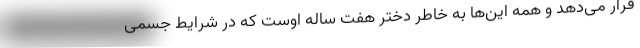
قرار می‌دهد و همه این‌ها به خاطر دختر هفت ساله اوست که در شرایط جسمی